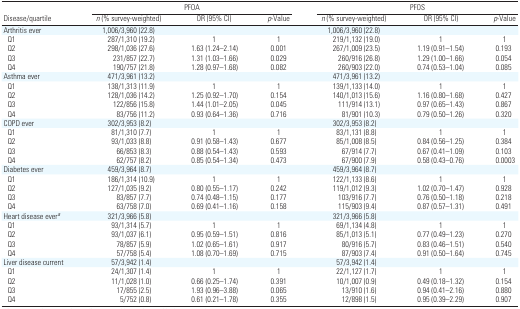
<table><thead><tr><td></td><td colspan="3"><b>PFOA</b></td><td colspan="3"><b>PFOS</b></td></tr><tr><td><b>Disease/quartile</b></td><td><b><i>n</i> (% survey-weighted)</b></td><td><b>OR (95% CI)</b></td><td><b><i>p</i>-Value</b></td><td><b><i>n</i> (% survey-weighted)</b></td><td><b>OR (95% CI)</b></td><td><b><i>p</i>-Value</b></td></tr></thead><tbody><tr><td>Arthritis ever</td><td>1,006/3,960 (22.8)</td><td></td><td></td><td>1,006/3,960 (22.8)</td><td></td><td></td></tr><tr><td> Q1</td><td>287/1,310 (19.2)</td><td>1</td><td>1</td><td>219/1,132 (19.0)</td><td>1</td><td>1</td></tr><tr><td> Q2</td><td>298/1,036 (27.6)</td><td>1.63 (1.24–2.14)</td><td>0.001</td><td>267/1,009 (23.5)</td><td>1.19 (0.91–1.54)</td><td>0.193</td></tr><tr><td> Q3</td><td>231/857 (22.7)</td><td>1.31 (1.03–1.66)</td><td>0.029</td><td>260/916 (26.8)</td><td>1.29 (1.00–1.66)</td><td>0.054</td></tr><tr><td> Q4</td><td>190/757 (21.8)</td><td>1.28 (0.97–1.68)</td><td>0.082</td><td>260/903 (22.0)</td><td>0.74 (0.53–1.04)</td><td>0.085</td></tr><tr><td>Asthma ever</td><td>471/3,961 (13.2)</td><td></td><td></td><td>471/3,961 (13.2)</td><td></td><td></td></tr><tr><td> Q1</td><td>138/1,313 (11.9)</td><td>1</td><td>1</td><td>139/1,133 (14.0)</td><td>1</td><td>1</td></tr><tr><td> Q2</td><td>128/1,036 (14.2)</td><td>1.25 (0.92–1.70)</td><td>0.154</td><td>140/1,013 (15.6)</td><td>1.16 (0.80–1.68)</td><td>0.427</td></tr><tr><td> Q3</td><td>122/856 (15.8)</td><td>1.44 (1.01–2.05)</td><td>0.045</td><td>111/914 (13.1)</td><td>0.97 (0.65–1.43)</td><td>0.867</td></tr><tr><td> Q4</td><td>83/756 (11.2)</td><td>0.93 (0.64–1.36)</td><td>0.716</td><td>81/901 (10.3)</td><td>0.79 (0.50–1.26)</td><td>0.320</td></tr><tr><td>COPD ever</td><td>302/3,953 (8.2)</td><td></td><td></td><td>302/3,953 (8.2)</td><td></td><td></td></tr><tr><td> Q1</td><td>81/1,310 (7.7)</td><td>1</td><td>1</td><td>83/1,131 (8.8)</td><td>1</td><td>1</td></tr><tr><td> Q2</td><td>93/1,033 (8.8)</td><td>0.91 (0.58–1.43)</td><td>0.677</td><td>85/1,008 (8.5)</td><td>0.84 (0.56–1.25)</td><td>0.384</td></tr><tr><td> Q3</td><td>66/853 (8.3)</td><td>0.88 (0.54–1.43)</td><td>0.593</td><td>67/914 (7.7)</td><td>0.67 (0.41–1.09)</td><td>0.103</td></tr><tr><td> Q4</td><td>62/757 (8.2)</td><td>0.85 (0.54–1.34)</td><td>0.473</td><td>67/900 (7.9)</td><td>0.58 (0.43–0.76)</td><td>0.0003</td></tr><tr><td>Diabetes ever</td><td>459/3,964 (8.7)</td><td></td><td></td><td>459/3,964 (8.7)</td><td></td><td></td></tr><tr><td> Q1</td><td>186/1,314 (10.9)</td><td>1</td><td>1</td><td>122/1,133 (8.6)</td><td>1</td><td>1</td></tr><tr><td> Q2</td><td>127/1,035 (9.2)</td><td>0.80 (0.55–1.17)</td><td>0.242</td><td>119/1,012 (9.3)</td><td>1.02 (0.70–1.47)</td><td>0.928</td></tr><tr><td> Q3</td><td>83/857 (7.7)</td><td>0.74 (0.48–1.15)</td><td>0.177</td><td>103/916 (7.7)</td><td>0.76 (0.50–1.18)</td><td>0.218</td></tr><tr><td> Q4</td><td>63/758 (7.0)</td><td>0.69 (0.41–1.16)</td><td>0.158</td><td>115/903 (9.4)</td><td>0.87 (0.57–1.31)</td><td>0.491</td></tr><tr><td>Heart disease ever<i>a</i></td><td>321/3,966 (5.8)</td><td></td><td></td><td>321/3,966 (5.8)</td><td></td><td></td></tr><tr><td> Q1</td><td>93/1,314 (5.7)</td><td>1</td><td>1</td><td>69/1,134 (4.8)</td><td>1</td><td>1</td></tr><tr><td> Q2</td><td>93/1,037 (6.1)</td><td>0.95 (0.59–1.51)</td><td>0.816</td><td>85/1,013 (5.1)</td><td>0.77 (0.49–1.23)</td><td>0.270</td></tr><tr><td> Q3</td><td>78/857 (5.9)</td><td>1.02 (0.65–1.61)</td><td>0.917</td><td>80/916 (5.7)</td><td>0.83 (0.46–1.51)</td><td>0.540</td></tr><tr><td> Q4</td><td>57/758 (5.4)</td><td>1.08 (0.70–1.69)</td><td>0.715</td><td>87/903 (7.4)</td><td>0.91 (0.50–1.64)</td><td>0.745</td></tr><tr><td>Liver disease current</td><td>57/3,942 (1.4)</td><td></td><td></td><td>57/3,942 (1.4)</td><td></td><td></td></tr><tr><td> Q1</td><td>24/1,307 (1.4)</td><td>1</td><td>1</td><td>22/1,127 (1.7)</td><td>1</td><td>1</td></tr><tr><td> Q2</td><td>11/1,028 (1.0)</td><td>0.66 (0.25–1.74)</td><td>0.391</td><td>10/1,007 (0.9)</td><td>0.49 (0.18–1.32)</td><td>0.154</td></tr><tr><td> Q3</td><td>17/855 (2.5)</td><td>1.93 (0.96–3.88)</td><td>0.065</td><td>13/910 (1.6)</td><td>0.94 (0.41–2.16)</td><td>0.880</td></tr><tr><td> Q4</td><td>5/752 (0.8)</td><td>0.61 (0.21–1.78)</td><td>0.355</td><td>12/898 (1.5)</td><td>0.95 (0.39–2.29)</td><td>0.907</td></tr></tbody></table>